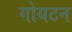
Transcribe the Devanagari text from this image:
गोयटन